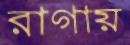
রাগায়